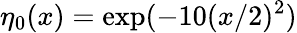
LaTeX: \eta_{0}(x)=\exp(-10(x/2)^{2})